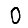
Digit: 0